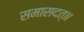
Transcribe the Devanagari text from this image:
समासदत्॥